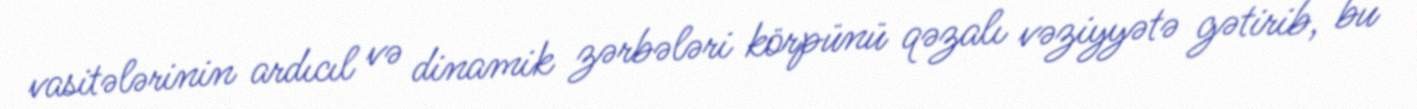
vasitələrinin ardıcıl və dinamik zərbələri körpünü qəzalı vəziyyətə gətirib, bu